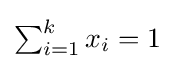
\textstyle {\sum _{i=1}^{k}x_{i}=1}